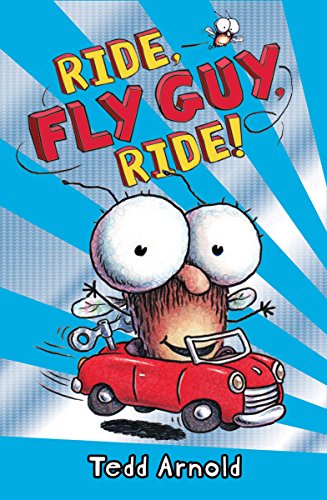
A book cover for Fly Guy #11: Ride, Fly Guy, Ride!; Tedd Arnold; Children's Books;